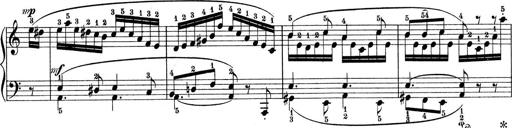
Title: 9 Sonatinen
Composer: Alexander Winterberger